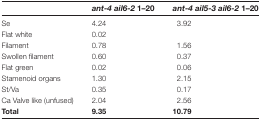
<table><thead><tr><td></td><td><b><i>ant-4 ail6-2</i> 1–20</b></td><td><b><i>ant-4 ail5-3 ail6-2</i> 1–20</b></td></tr></thead><tbody><tr><td>Se</td><td>4.24</td><td>3.92</td></tr><tr><td>Flat white</td><td>0.02</td><td></td></tr><tr><td>Filament</td><td>0.78</td><td>1.56</td></tr><tr><td>Swollen filament</td><td>0.60</td><td>0.37</td></tr><tr><td>Flat green</td><td>0.02</td><td>0.06</td></tr><tr><td>Stamenoid organs</td><td>1.30</td><td>2.15</td></tr><tr><td>St/Va</td><td>0.35</td><td>0.17</td></tr><tr><td>Ca Valve like (unfused)</td><td>2.04</td><td>2.56</td></tr><tr><td><b>Total</b></td><td><b>9.35</b></td><td><b>10.79</b></td></tr></tbody></table>